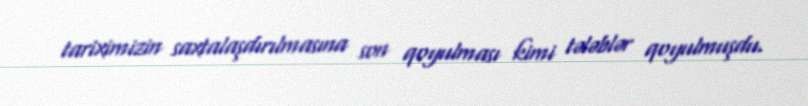
tariximizin saxtalaşdırılmasına son qoyulması kimi tələblər qoyulmuşdu.